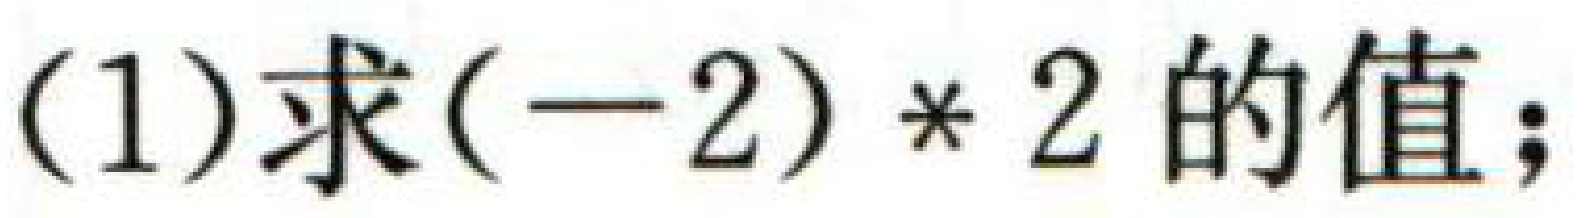
(1)求\((-2)*2\)的值；